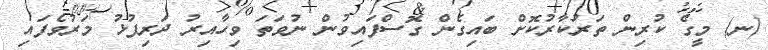
(ނ) މީގެ ކުރިން ތަރުކާރުކޮށް ބައިގެން ގޮސްފައިވުން ނުވަތަ ވިހާއިރު ދަރިފުޅު މަރުވެފައި